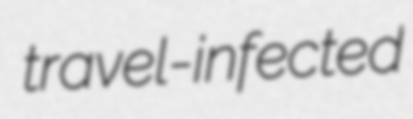
travel-infected